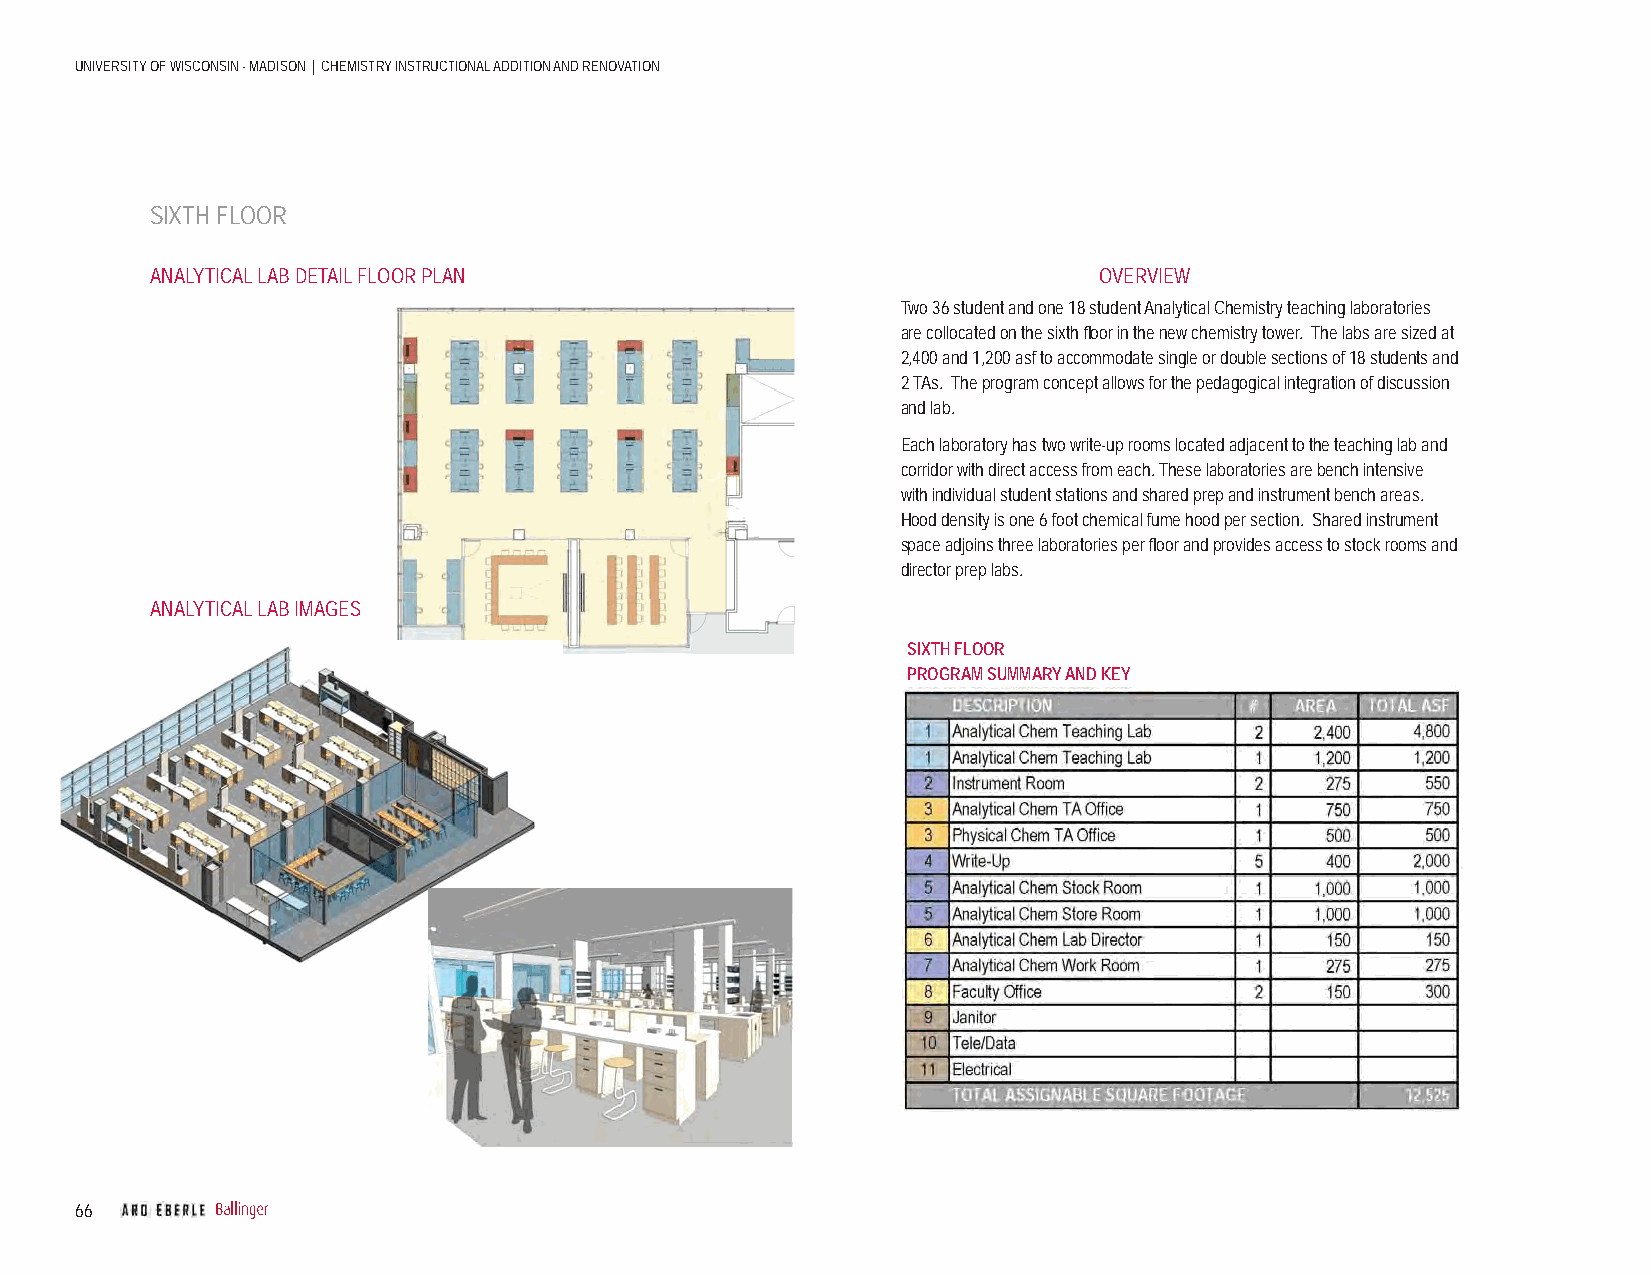
UNIVERSITY OF WISCONSIN - MADISON | CHEMISTRY INSTRUCTIONAL ADDITION AND RENOVATION
 SIXTH FLOOR
 ANALYTICAL LAB DETAIL FLOOR PLAN                               OVERVIEW
 Two 36 student and one 18 student Analytical Chemistry teaching laboratories
 are collocated on the sixth fl oor in the new chemistry tower. The labs are sized at
 2,400 and 1,200 asf to accommodate single or double sections of 18 students and
 2 TAs. The program concept allows for the pedagogical integration of discussion
 and lab.
 Each laboratory has two write-up rooms located adjacent to the teaching lab and
 corridor with direct access from each. These laboratories are bench intensive
 with individual student stations and shared prep and instrument bench areas.
 Hood density is one 6 foot chemical fume hood per section. Shared instrument
 space adjoins three laboratories per fl oor and provides access to stock rooms and
 director prep labs.
 ANALYTICAL LAB IMAGES
 SIXTH FLOOR
 PROGRAM SUMMARY AND KEY
 66